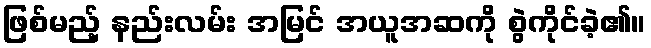
ဖြစ်မည့် နည်းလမ်း အမြင် အယူအဆကို စွဲကိုင်ခဲ့၏။